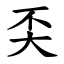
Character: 奀